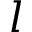
l